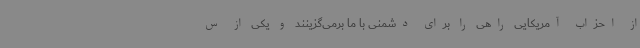
از احزاب آمریکایی راهی را برای دشمنی با ما برمی‌گزینند و یکی از س